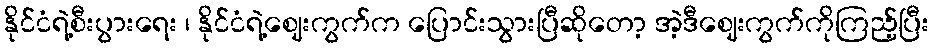
နိုင်ငံရဲ့စီးပွားရေး ၊ နိုင်ငံရဲ့ဈေးကွက်က ပြောင်းသွားပြီဆိုတော့ အဲ့ဒီဈေးကွက်ကိုကြည့်ပြီး